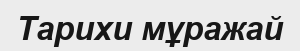
Тарихи мұражай